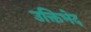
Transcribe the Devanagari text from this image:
उक्तिभेद